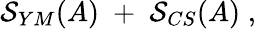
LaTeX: \mathcal{S}_{YM}(A)\; +\; \mathcal{S}_{CS}(A)\; ,